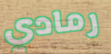
رمادي